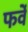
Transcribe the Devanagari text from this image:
फर्वे